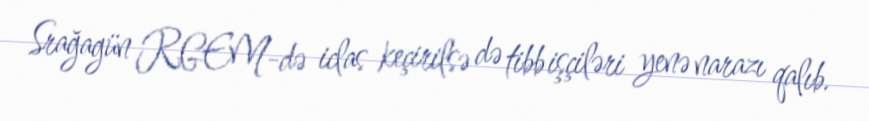
Srağagün RGEM-də iclas keçirilsə də tibb işçiləri yenə narazı qalıb.